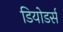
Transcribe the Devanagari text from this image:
डियोडर्स